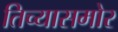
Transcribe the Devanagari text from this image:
तिच्यासमोर